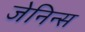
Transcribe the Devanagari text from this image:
जेनिन्स